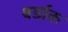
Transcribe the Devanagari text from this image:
बर्डाक